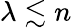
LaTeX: \lambda\lesssim n